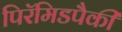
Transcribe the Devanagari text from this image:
पिरॅमिडपैकी